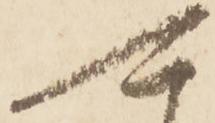
可